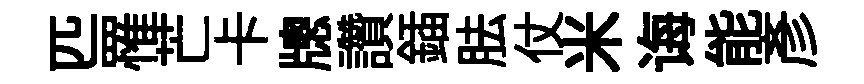
匹罹芒卡牕讚鍤胠仗米诲能彥